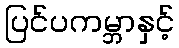
ပြင်ပကမ္ဘာနှင့်